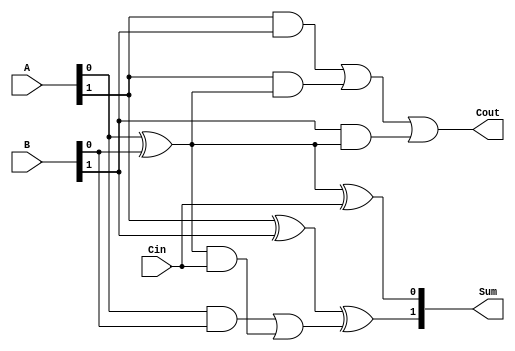
module carry_lookahead_adder (
    input [1:0] A,
    input [1:0] B,
    input Cin,
    output [1:0] Sum,
    output Cout
);

wire P, G, C0, C1, C2;

assign P = A[0] ^ B[0];
assign G = A[0] & B[0];
assign C0 = Cin;
assign C1 = G | (P & Cin);
assign C2 = (A[1] & B[1]) | (A[1] & P) | (B[1] & P);

assign Sum[0] = A[0] ^ B[0] ^ Cin;
assign Sum[1] = A[1] ^ B[1] ^ C1;
assign Cout = C2;

endmodule